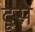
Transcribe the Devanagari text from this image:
दूसे